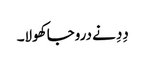
دِدِ نے دروجا کھولا۔